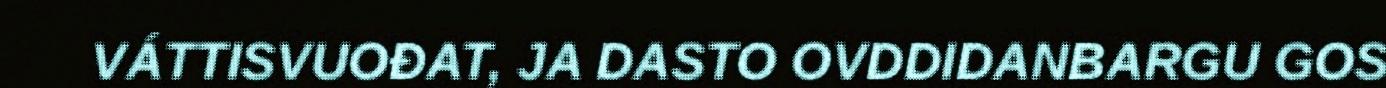
VÁTTISVUOĐAT, JA DASTO OVDDIDANBARGU GOS